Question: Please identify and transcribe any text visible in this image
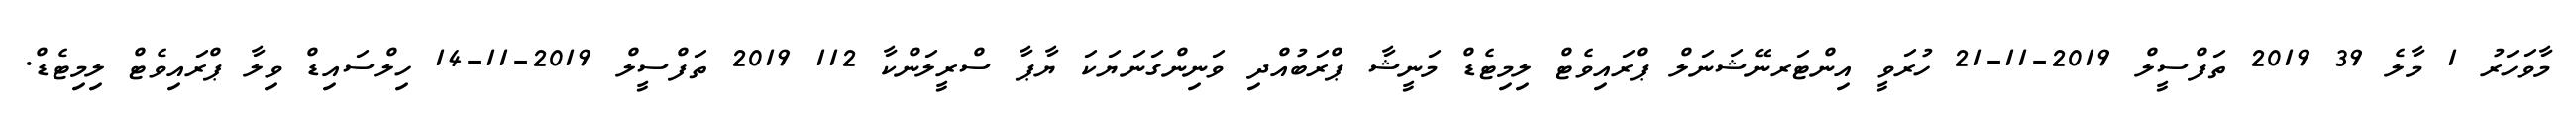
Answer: މާވަހަރު 1 މާލެ 39 2019 ތަފްސީލް 2019-11-21 ހުރަވީ އިންޓަރނޭޝަނަލް ޕްރައިވެޓް ލިމިޓެޑް މަނީޝާ ޕްރަބުއްދި ވަނިންގަނަޔަކަ ޔާޕާ ސްރީލަންކާ 112 2019 ތަފްސީލް 2019-11-14 ހިލްސައިޑް ވިލާ ޕްރައިވެޓް ލިމިޓެޑް.